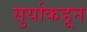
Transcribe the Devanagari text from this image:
सुर्याकडून